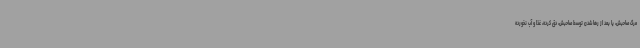
مرگ صاحبش، یا بعد از رها شدن توسط صاحبش، دق کرده، غذا و آب نخورده